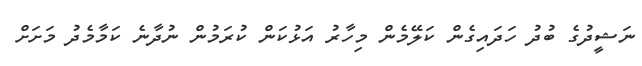
ނަޝީދުގެ ބުދު ހަދައިގެން ކަލޭމެން މިހާރު އަޅުކަން ކުރަމުން ނުދާނެ ކަމާމެދު މަށަށް